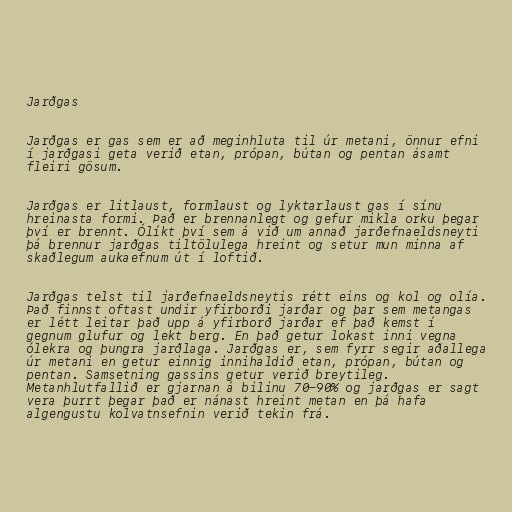
Jarðgas

Jarðgas er gas sem er að meginhluta til úr metani, önnur efni
í jarðgasi geta verið etan, própan, bútan og pentan ásamt
fleiri gösum.

Jarðgas er litlaust, formlaust og lyktarlaust gas í sínu
hreinasta formi. Það er brennanlegt og gefur mikla orku þegar
því er brennt. Ólíkt því sem á við um annað jarðefnaeldsneyti
þá brennur jarðgas tiltölulega hreint og setur mun minna af
skaðlegum aukaefnum út í loftið.

Jarðgas telst til jarðefnaeldsneytis rétt eins og kol og olía.
Það finnst oftast undir yfirborði jarðar og þar sem metangas
er létt leitar það upp á yfirborð jarðar ef það kemst í
gegnum glufur og lekt berg. En það getur lokast inni vegna
ólekra og þungra jarðlaga. Jarðgas er, sem fyrr segir aðallega
úr metani en getur einnig innihaldið etan, própan, bútan og
pentan. Samsetning gassins getur verið breytileg.
Metanhlutfallið er gjarnan á bilinu 70-90% og jarðgas er sagt
vera þurrt þegar það er nánast hreint metan en þá hafa
algengustu kolvatnsefnin verið tekin frá.